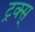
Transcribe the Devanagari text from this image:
ट्रक्स्